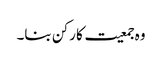
وہ جمعیت کا رکن بنا۔